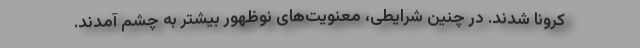
کرونا شدند. در چنین شرایطی، معنویت‌های نوظهور بیشتر به چشم آمدند.